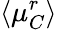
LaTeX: \langle\mu_{C}^{r}\rangle